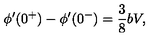
\phi ^ { \prime } ( 0 ^ { + } ) - \phi ^ { \prime } ( 0 ^ { - } ) = \frac { 3 } { 8 } b V ,